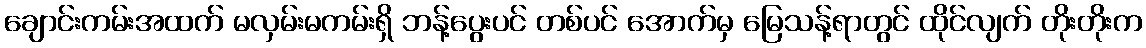
ချောင်းကမ်းအထက် မလှမ်းမကမ်းရှိ ဘန့်ပွေးပင် တစ်ပင် အောက်မှ မြေသန့်ရာတွင် ထိုင်လျက် တိုးတိုးက